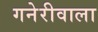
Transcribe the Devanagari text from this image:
गनेरीवाला